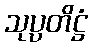
သုပ္ပတိဋ္ဌံ